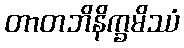
တာတဘိနိက္ခမိဿံ